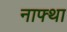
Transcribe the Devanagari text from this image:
नाफ्था